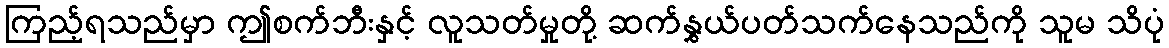
ကြည့်ရသည်မှာ ဤစက်ဘီးနှင့် လူသတ်မှုတို့ ဆက်နွှယ်ပတ်သက်နေသည်ကို သူမ သိပုံ